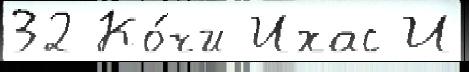
32 Ко́чи Ихас И